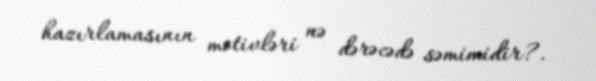
hazırlamasının motivləri nə dərəcədə səmimidir?.